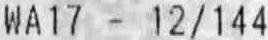
WA17 - 12/144